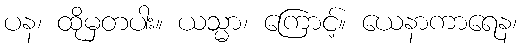
ပန၊ ထိုမှတပါး။ ယသ္မာ၊ ကြောင့်။ ယေနာကာရေန၊